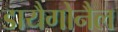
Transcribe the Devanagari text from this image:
डायैगोनैल